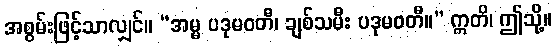
အစွမ်းဖြင့်သာလျှင်။ “အမ္မ ပဒုမဝတီ၊ ချစ်သမီး ပဒုမဝတီ။” ဣတိ၊ ဤသို့။